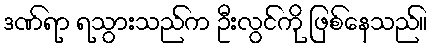
ဒဏ်ရာ ရသွားသည်က ဦးလွင်ကို ဖြစ်နေသည်။